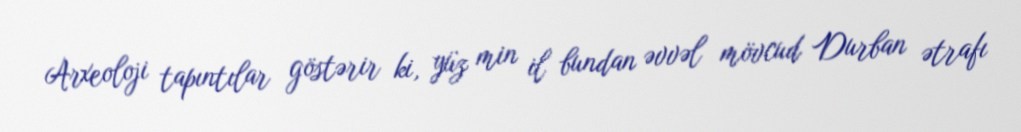
Arxeoloji tapıntılar göstərir ki, yüz min il bundan əvvəl mövcud Durban ətrafı